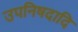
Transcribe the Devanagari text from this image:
उपनिषदादि